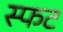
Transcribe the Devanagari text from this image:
स्फट